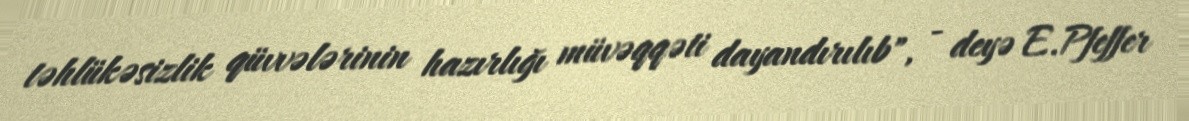
təhlükəsizlik qüvvələrinin hazırlığı müvəqqəti dayandırılıb", - deyə E.Pfeffer